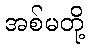
အစ်မတို့